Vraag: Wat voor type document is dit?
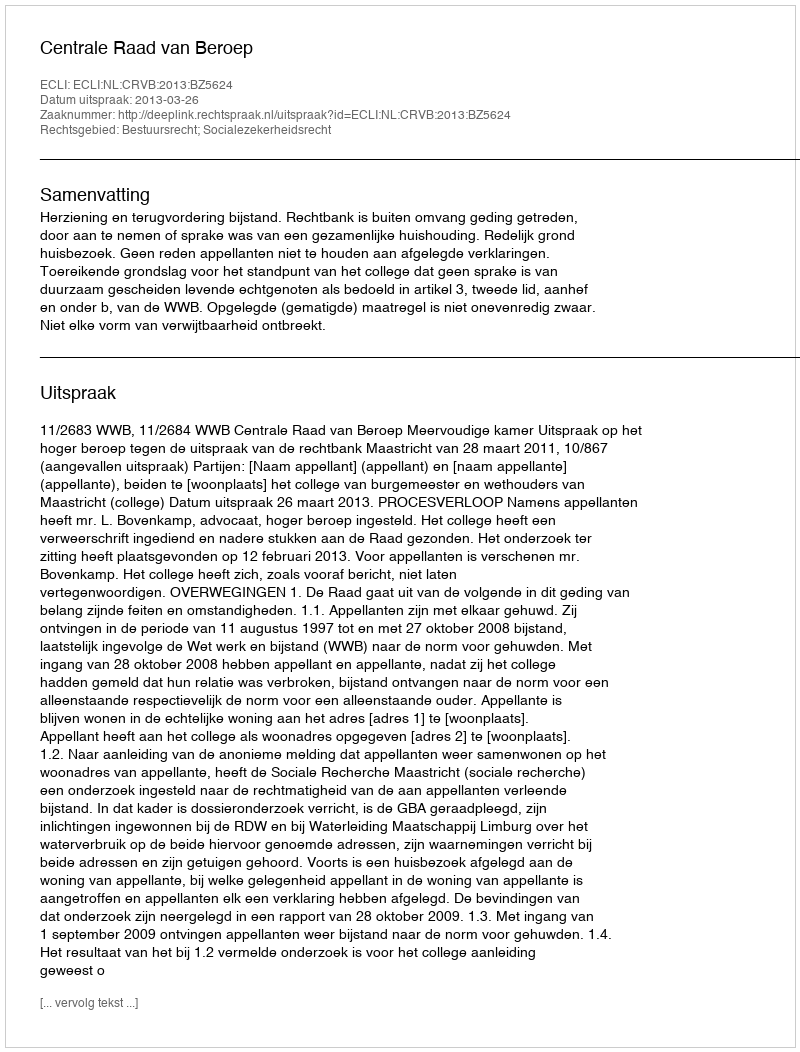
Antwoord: Uitspraak